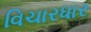
વિચારધાર